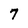
Character: 7